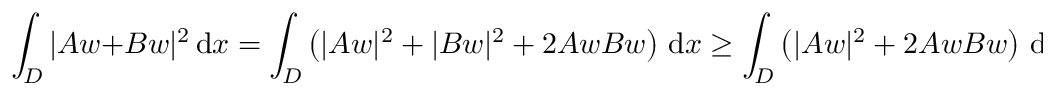
\int _ { { D } } | A w + B w | ^ { 2 } \, \mathrm { d } x = \int _ { { D } } \left( | A w | ^ { 2 } + | B w | ^ { 2 } + 2 A w B w \right) \, \mathrm { d } x \geq \int _ { D } \left( | A w | ^ { 2 } + 2 A w B w \right) \, \mathrm { d } x .